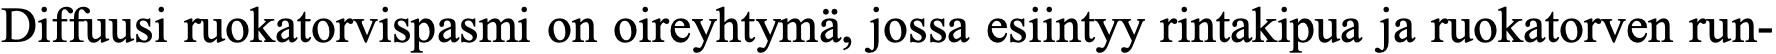
Diffuusi ruokatorvispasmi on oireyhtymä, jossa esiintyy rintakipua ja ruokatorven run-